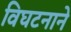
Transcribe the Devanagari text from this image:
विघटनाने